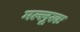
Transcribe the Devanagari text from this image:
मल्लूखः